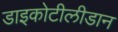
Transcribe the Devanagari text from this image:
डाइकोटीलीडान